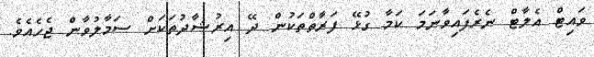
ވައިޓް އެލާޓް ނެރެފައިވާނަމަ ކަމާ ގުޅޭ ފަރާތްތަކުން ދޭ އިރުޝާދުތަކަށް ސަމާލުވާން ޖެހެއެވެ.